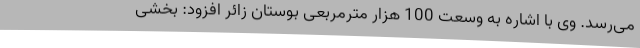
می‌رسد. وی با اشاره به وسعت 100 هزار مترمربعی بوستان زائر افزود: بخشی